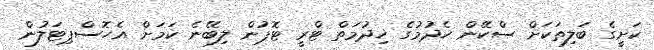
ކަށީގެ ބަލިތަކަށް ސްކޭން ހެދުމުގެ ޚިދުމަތް ޓްރީ ޓޮޕުން ލިބޭނެ ކަމަށް އެހޮސްޕިޓަލުން